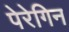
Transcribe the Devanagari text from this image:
पेरेगिन